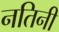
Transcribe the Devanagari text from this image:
नतिनी